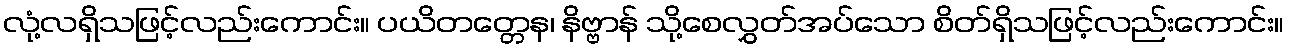
လုံ့လရှိသဖြင့်လည်းကောင်း။ ပယိတတ္တေန၊ နိဗ္ဗာန် သို့စေလွှတ်အပ်သော စိတ်ရှိသဖြင့်လည်းကောင်း။